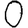
Digit: 0